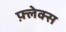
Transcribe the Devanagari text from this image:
फ़्लेक्स